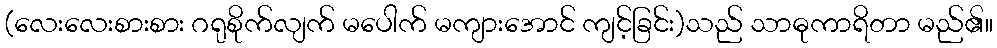
(လေးလေးစားစား ဂရုစိုက်လျက် မပေါက် မကျားအောင် ကျင့်ခြင်း)သည် သာဓုကာရိတာ မည်၏။